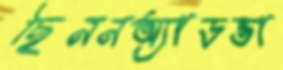
ছিননঅ্যাডভা